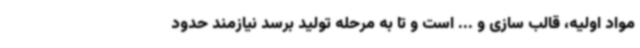
مواد اولیه، قالب سازی و ... است و تا به مرحله تولید برسد نیازمند حدود